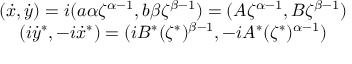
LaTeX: \begin{array} { c } { { ( \dot { x } , \dot { y } ) = i ( a \alpha \zeta ^ { \alpha - 1 } , b \beta \zeta ^ { \beta - 1 } ) = ( A \zeta ^ { \alpha - 1 } , B \zeta ^ { \beta - 1 } ) } } \\ { { ( i \dot { y } ^ { * } , - i \dot { x } ^ { * } ) = ( i B ^ { * } ( \zeta ^ { * } ) ^ { \beta - 1 } , - i A ^ { * } ( \zeta ^ { * } ) ^ { \alpha - 1 } ) } } \end{array}